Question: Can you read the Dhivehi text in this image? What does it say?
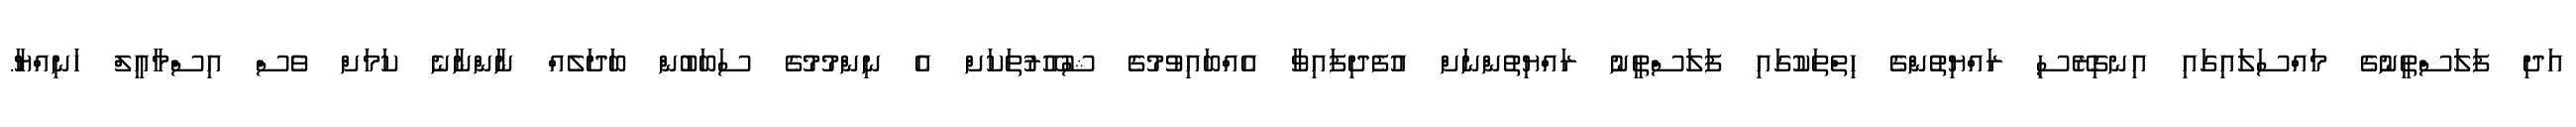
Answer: އަދި ފަލަސްތީނުގެ މައްސަލައިގައި އިނގިރޭސި ރައްޔިތުންގެ ހިތްތަކުގައި ފަލަސްތީނު ރައްޔިތުންނަށް އުފެދިފައިވާ އެއްބައިވުމުގެ ޝުއޫރުތަކަށް އެ ނިންމުމުގެ ސަބަބުން ބަދަލެއް ނާންނާނެ ކަމަށް ވެސް އިސްމާއީލް ހަނިއްޔާ.